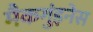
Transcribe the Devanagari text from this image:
मैकगुंइनेस